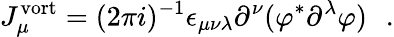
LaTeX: J_{\mu}^{\mathrm{vort}}=(2\pi i)^{-1}\epsilon_{\mu\nu\lambda}\partial^{\nu}(\varphi^{*}\partial^{\lambda}\varphi)\, \, \, \, .